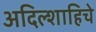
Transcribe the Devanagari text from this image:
अदिल्शाहिचे